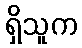
ရှိသူက